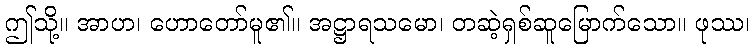
ဤသို့။ အာဟ၊ ဟောတော်မူ၏။ အဋ္ဌာရသမော၊ တဆဲ့ရှစ်ဆူမြောက်သော။ ဖုဿ၊